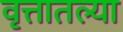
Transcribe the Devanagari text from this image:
वृत्तातल्या